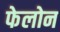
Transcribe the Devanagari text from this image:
फेलोन